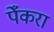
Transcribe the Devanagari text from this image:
पेँकरा